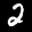
Label: 2